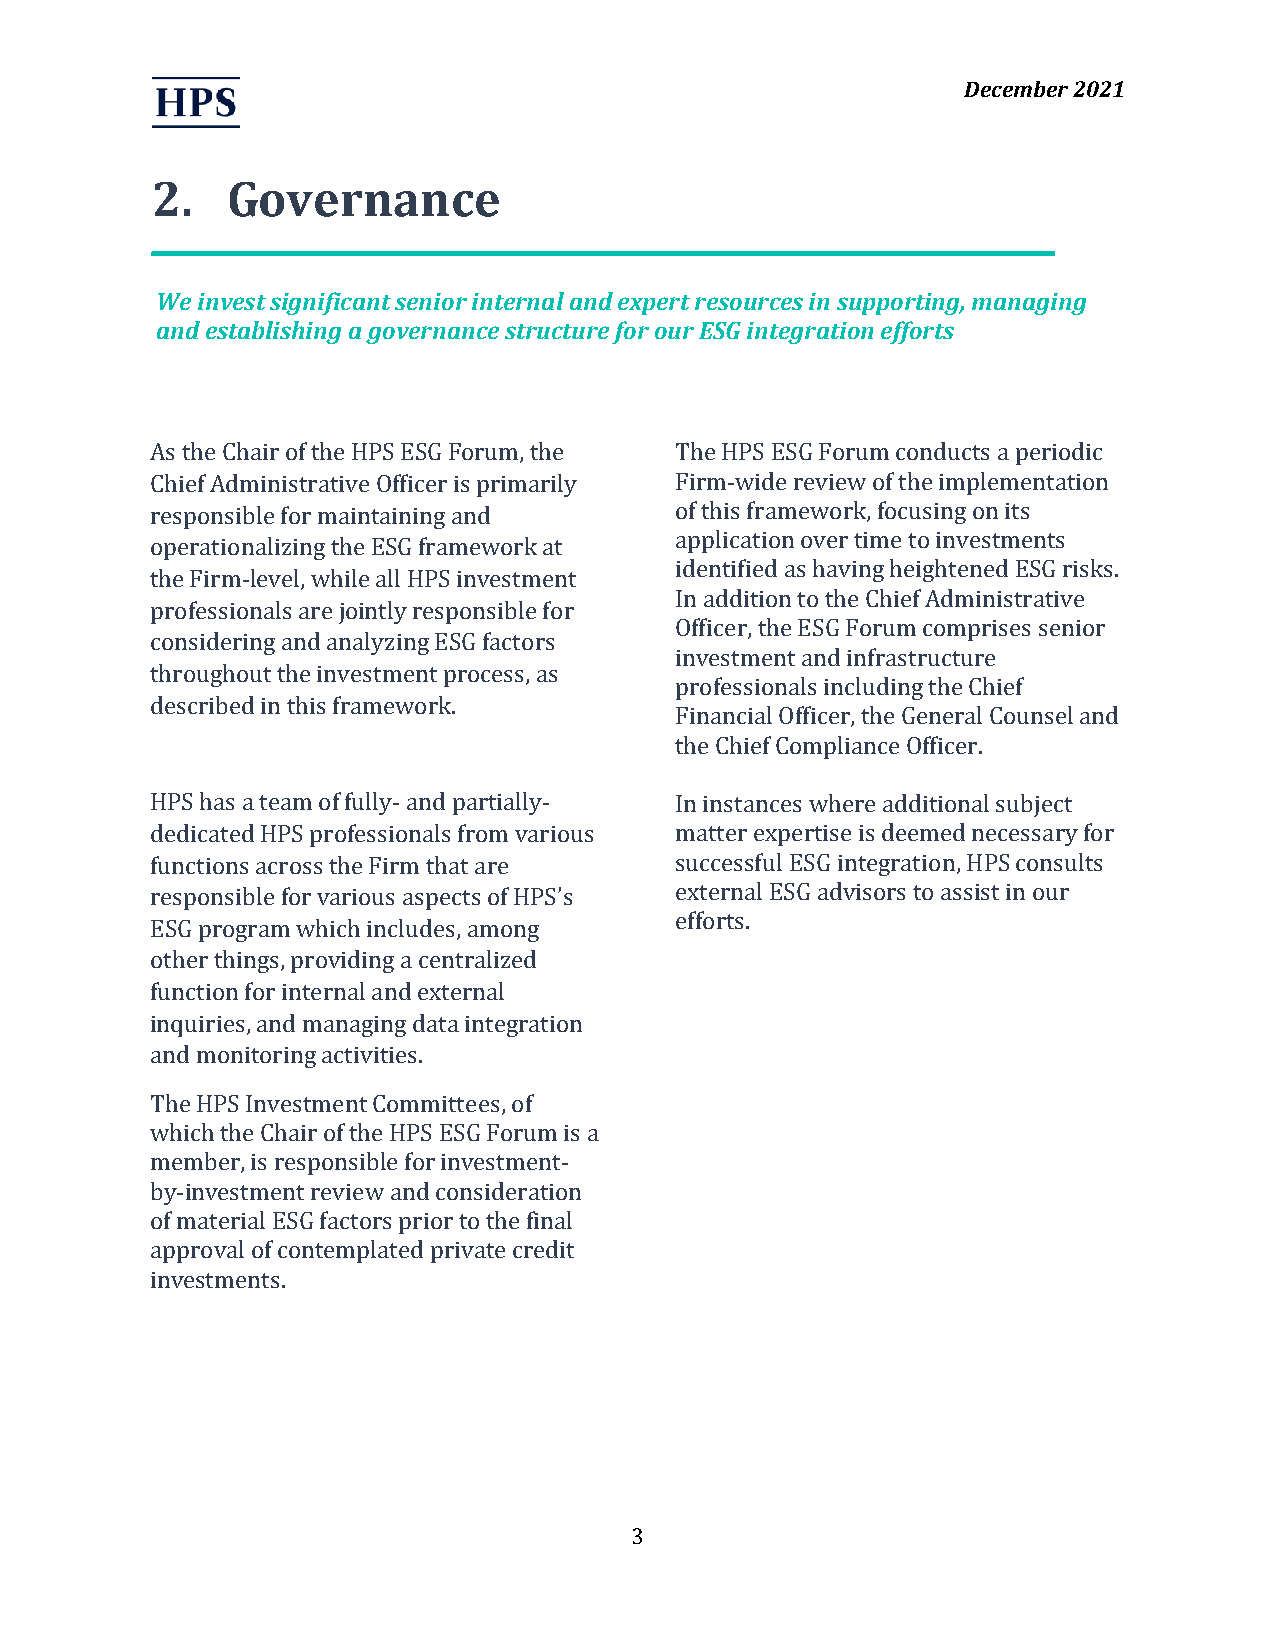
December 2021
 2.   Governance
 We invest significant senior internal and expert resources in supporting, managing
 and establishing a governance structure for our ESG integration efforts
 As the Chair of the HPS ESG Forum, the The HPS ESG Forum conducts a periodic
 Chief Administrative Officer is primarily Firm-wide review of the implementation
 responsible for maintaining and    of this framework, focusing on its
 application over time to investments
 operationalizing the ESG framework at
 identified as having heightened ESG risks.
 the Firm-level, while all HPS investment
 In addition to the Chief Administrative
 professionals are jointly responsible for
 Officer, the ESG Forum comprises senior
 considering and analyzing ESG factors
 investment and infrastructure
 throughout the investment process, as
 professionals including the Chief
 described in this framework.
 Financial Officer, the General Counsel and
 the Chief Compliance Officer.
 HPS has a team of fully- and partially- In instances where additional subject
 dedicated HPS professionals from various matter expertise is deemed necessary for
 functions across the Firm that are successful ESG integration, HPS consults
 responsible for various aspects of HPS’s external ESG advisors to assist in our
 efforts.
 ESG program which includes, among
 other things, providing a centralized
 function for internal and external
 inquiries, and managing data integration
 and monitoring activities.
 The HPS Investment Committees, of
 which the Chair of the HPS ESG Forum is a
 member, is responsible for investment-
 by-investment review and consideration
 of material ESG factors prior to the final
 approval of contemplated private credit
 investments.
 3